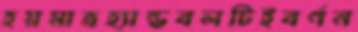
হয়মাত্রহ্যান্ডবলটিইবর্ণন